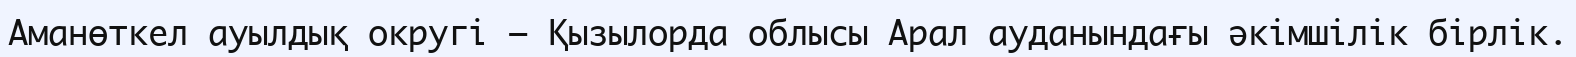
Аманөткел ауылдық округі – Қызылорда облысы Арал ауданындағы әкімшілік бірлік.